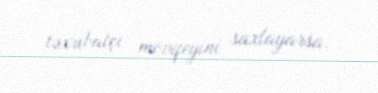
təxribatçı mövqeyini saxlayarsa.